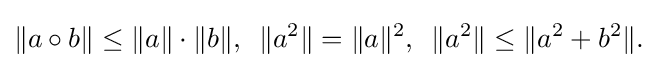
\displaystyle {\|a\circ b\|\leq \|a\|\cdot \|b\|,\,\,\,\|a^{2}\|=\|a\|^{2},\,\,\,\|a^{2}\|\leq \|a^{2}+b^{2}\|.}